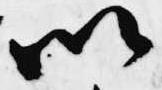
以